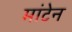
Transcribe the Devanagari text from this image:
मांटेन